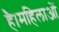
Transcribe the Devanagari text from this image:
है।महिलाओं